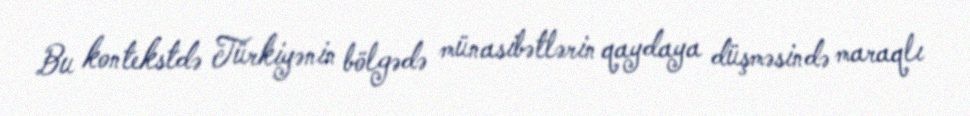
Bu kontekstdə Türkiyənin bölgədə münasibətlərin qaydaya düşməsində maraqlı